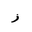
Letter: _zay